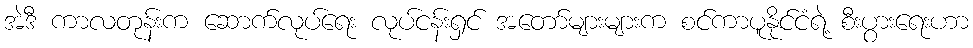
အဲဒီ ကာလတုန်းက ဆောက်လုပ်ရေး လုပ်ငန်းရှင် အတော်များများက စင်ကာပူနိုင်ငံရဲ့ စီးပွားရေးဟာ